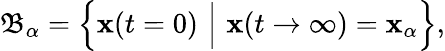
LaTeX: \mathfrak{B}_{\alpha}=\Big\{ \mathbf{x}(t=0)\, \, \Big|\, \, \mathbf{x}(t\rightarrow\infty)=\mathbf{x}_{\alpha}\Big\} ,